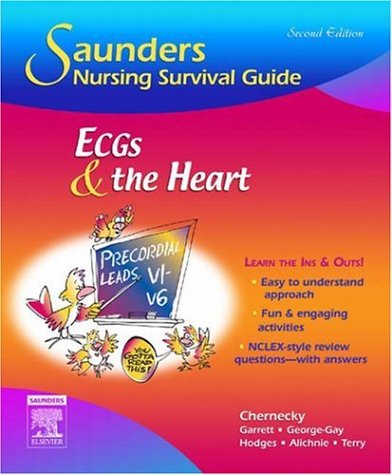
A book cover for Saunders Nursing Survival Guide: ECGs and the Heart; Cynthia C. Chernecky; Health, Fitness & Dieting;